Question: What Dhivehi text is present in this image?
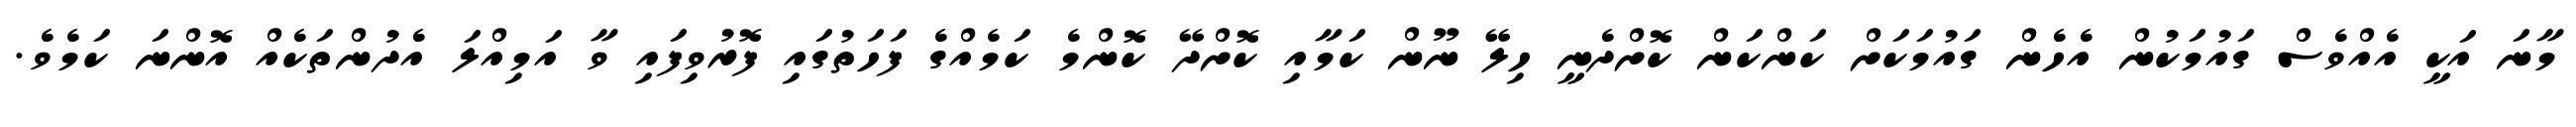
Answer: މާނަ އަކީ އެއްވެސް ގައުމަކުން އެހެން ގައުމަކަށް ކަންކަން ކޮށްދެނީ ހިލޭ ނޫން ކަމާއި ކޮށްދޭ ކޮންމެ ކަމެއްގެ ފަހަތުގައި ފޮރުވިފައި ވާ އަމިއްލަ އެދުންތަކެއް އޮންނަ ކަމެވެ.